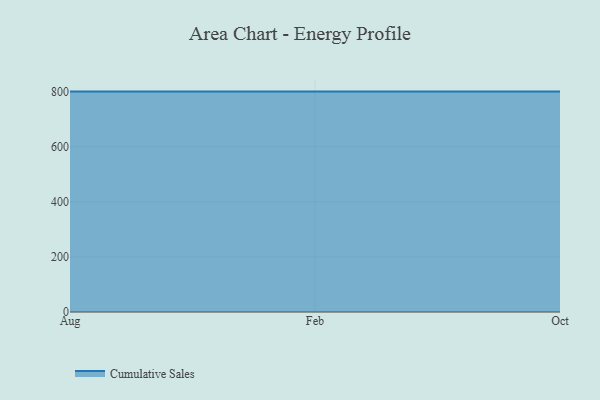
{"axis": {"x": "Month", "y": "Budget (USD K)"}, "legend": ["Cumulative Sales"], "data": [{"x": "Aug", "y": 800, "type": "Cumulative Sales"}, {"x": "Feb", "y": 800, "type": "Cumulative Sales"}, {"x": "Oct", "y": 800, "type": "Cumulative Sales"}]}